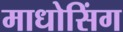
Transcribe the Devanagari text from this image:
माधोसिंग